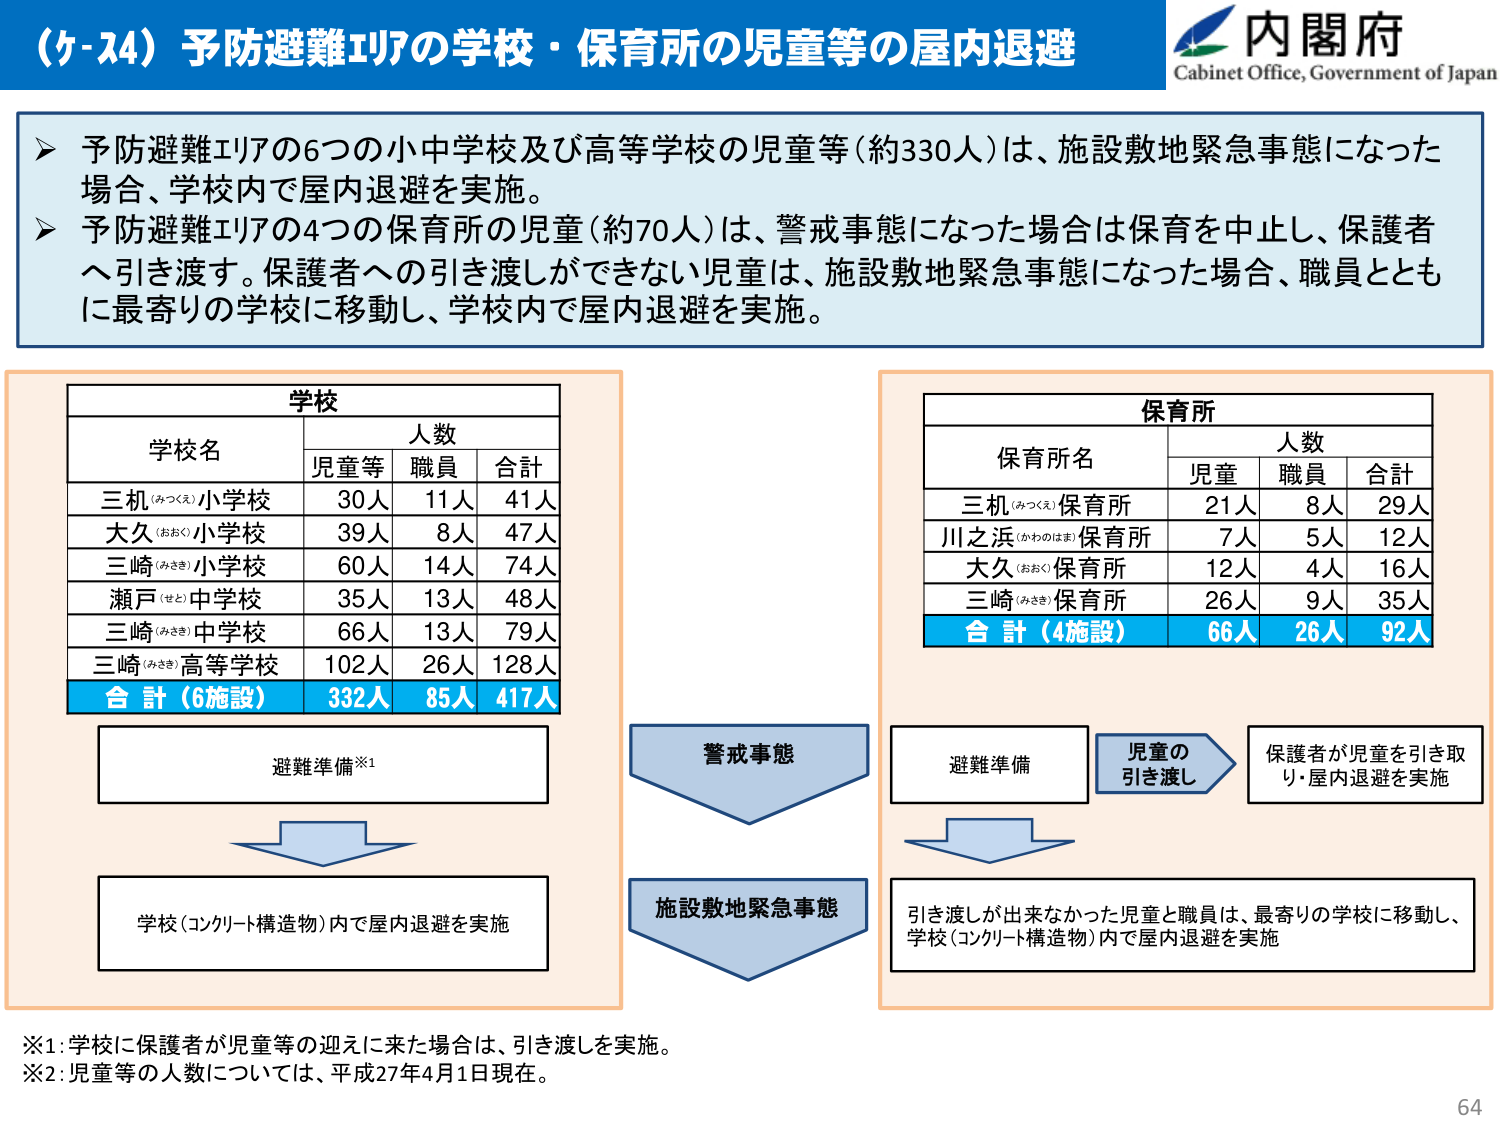
(ケ-24) 予防避難エリアの学校・保育所の児童等の屋内退避
内閣府
Cabinet Office, Government of Japan

▶ 予防避難エリアの6つの小中学校及び高等学校の児童等（約330人）は、施設敷地緊急事態になった場合、学校内で屋内退避を実施。
▶ 予防避難エリアの4つの保育所の児童（約70人）は、警戒事態になった場合は保育を中止し、保護者へ引き渡す。保護者への引き渡しができない児童は、施設敷地緊急事態になった場合、職員とともに最寄りの学校に移動し、学校内で屋内退避を実施。

学校
学校名　　　　　人数
　　　　　　　児童等　職員　合計
三机（みつくえ）小学校　30人　11人　41人
大久（おおく）小学校　39人　8人　47人
三崎（みさき）小学校　60人　14人　74人
瀬戸（せと）中学校　35人　13人　48人
三崎（みさき）中学校　66人　13人　79人
三崎（みさき）高等学校　102人　26人　128人
合計（6施設）　332人　85人　417人

避難準備※1
↓
学校（コンクリート構造物）内で屋内退避を実施

保育所
保育所名　　　　　人数
　　　　　　　児童　職員　合計
三机（みつくえ）保育所　21人　8人　29人
川之浜（かわのはま）保育所　7人　5人　12人
大久（おおく）保育所　12人　4人　16人
三崎（みさき）保育所　26人　9人　35人
合計（4施設）　66人　26人　92人

警戒事態
↓
施設敷地緊急事態

避難準備　→　児童の引き渡し　→　保護者が児童を引き取り・屋内退避を実施
↓
引き渡しが出来なかった児童と職員は、最寄りの学校に移動し、学校（コンクリート構造物）内で屋内退避を実施

※1：学校に保護者が児童等の迎えに来た場合は、引き渡しを実施。
※2：児童等の人数については、平成27年4月1日現在。

64